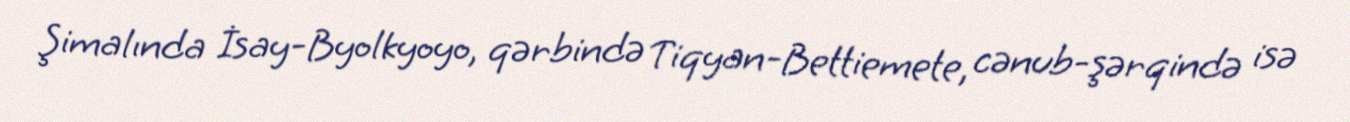
Şimalında İsay-Byolkyoyo, qərbində Tiqyan-Bettiemete, cənub-şərqində isə